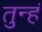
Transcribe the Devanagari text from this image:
तुन्हं